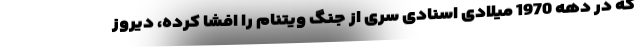
که در دهه 1970 میلادی اسنادی سری از جنگ ویتنام را افشا کرده، دیروز